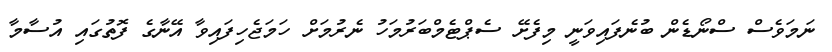
ނަމަވެސް ސްނޯޑެން ބުނެފައިވަނީ މިފެށޭ ސެޕްޓެމްބަރުމަހު ނެރުމަށް ހަމަޖެހިފައިވާ އޭނާގެ ފޮތުގައި އުސާމާ